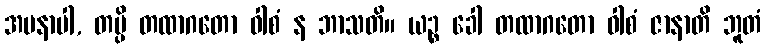
အမနာပါ, တမ္ပိ တထာဂတော ဝါစံ န ဘာသတိ။ ယဉ္စ ခေါ တထာဂတော ဝါစံ ဇာနာတိ ဘူတံ